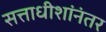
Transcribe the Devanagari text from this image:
सत्ताधीशांनंतर